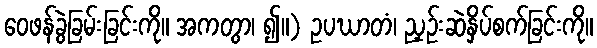
ဝေဖန်ခွဲခြမ်းခြင်းကို။ အကတွာ၊ ၍။) ဥပဃာတံ၊ ညှဉ်းဆဲနှိပ်စက်ခြင်းကို။